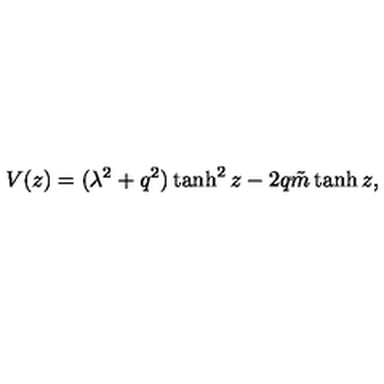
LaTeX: V ( z ) = ( \lambda ^ { 2 } + q ^ { 2 } ) \tanh ^ { 2 } z - 2 q { \tilde { m } } \tanh z ,